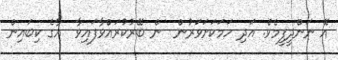
އޭ ނަންދީފީމެވެ. އަދި ހަމަކަށަވަރުން  ން ބޭރުކުރައްވާފައިވާ  އާގެ ކިބައިން